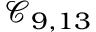
\mathcal { C } _ { 9 , 1 3 }